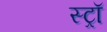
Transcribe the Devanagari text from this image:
स्ट्राॅ